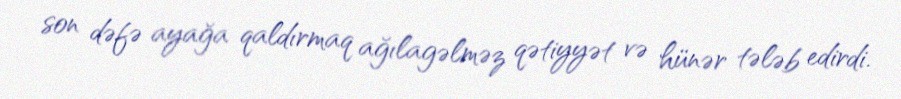
son dəfə ayağa qaldırmaq ağılagəlməz qətiyyət və hünər tələb edirdi.